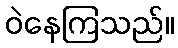
ဝဲနေကြသည်။